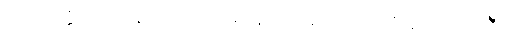
ပရိယတ္တိသာသနာတော်၌။ မနောရမေ။ ပ။ ဝိဟင်္ဂမာ တိအာဒီသု၊